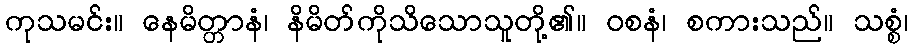
ကုသမင်း။ နေမိတ္တာနံ၊ နိမိတ်ကိုသိသောသူတို့၏။ ဝစနံ၊ စကားသည်။ သစ္စံ၊